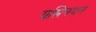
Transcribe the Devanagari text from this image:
यस्त्रिनयन